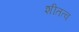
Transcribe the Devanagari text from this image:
शीतत्व